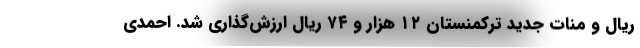
ریال و منات جدید ترکمنستان ۱۲ هزار و ۷۴ ریال ارزش‌گذاری شد. احمدی